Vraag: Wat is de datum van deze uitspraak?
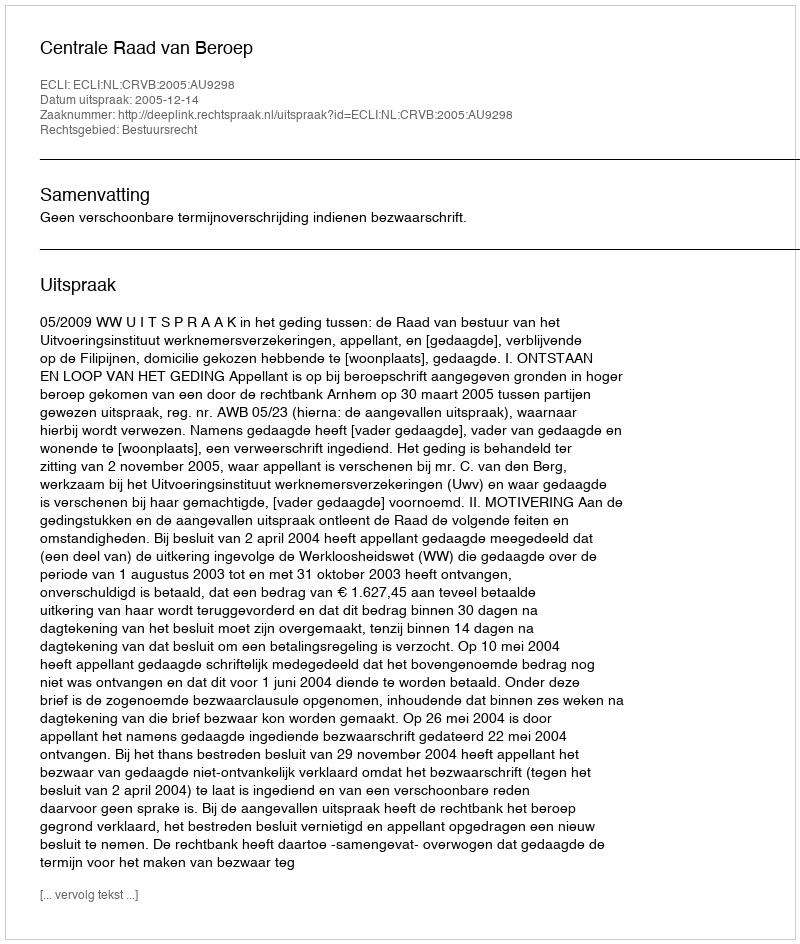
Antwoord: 2005-12-14